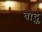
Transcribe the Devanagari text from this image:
वाद्क